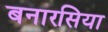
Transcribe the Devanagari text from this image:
बनारसिया